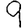
Digit: 9